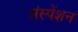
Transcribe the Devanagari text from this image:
संस्पेंशन